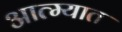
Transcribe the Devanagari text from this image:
आत्म्यात